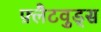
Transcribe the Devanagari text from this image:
फ़्लैटवुड्स